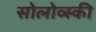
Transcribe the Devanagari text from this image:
सोलोव्स्की